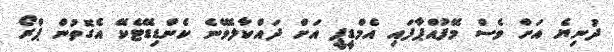
ދުނިޔެ އަށް ވެސް މޭފުއްޕާފައި އެމްޑީޕީ އަށް ދައްކާލެވޭނެ ކެންޑިޑޭޓެކޭ އެގޮތުން ޕްރޯ